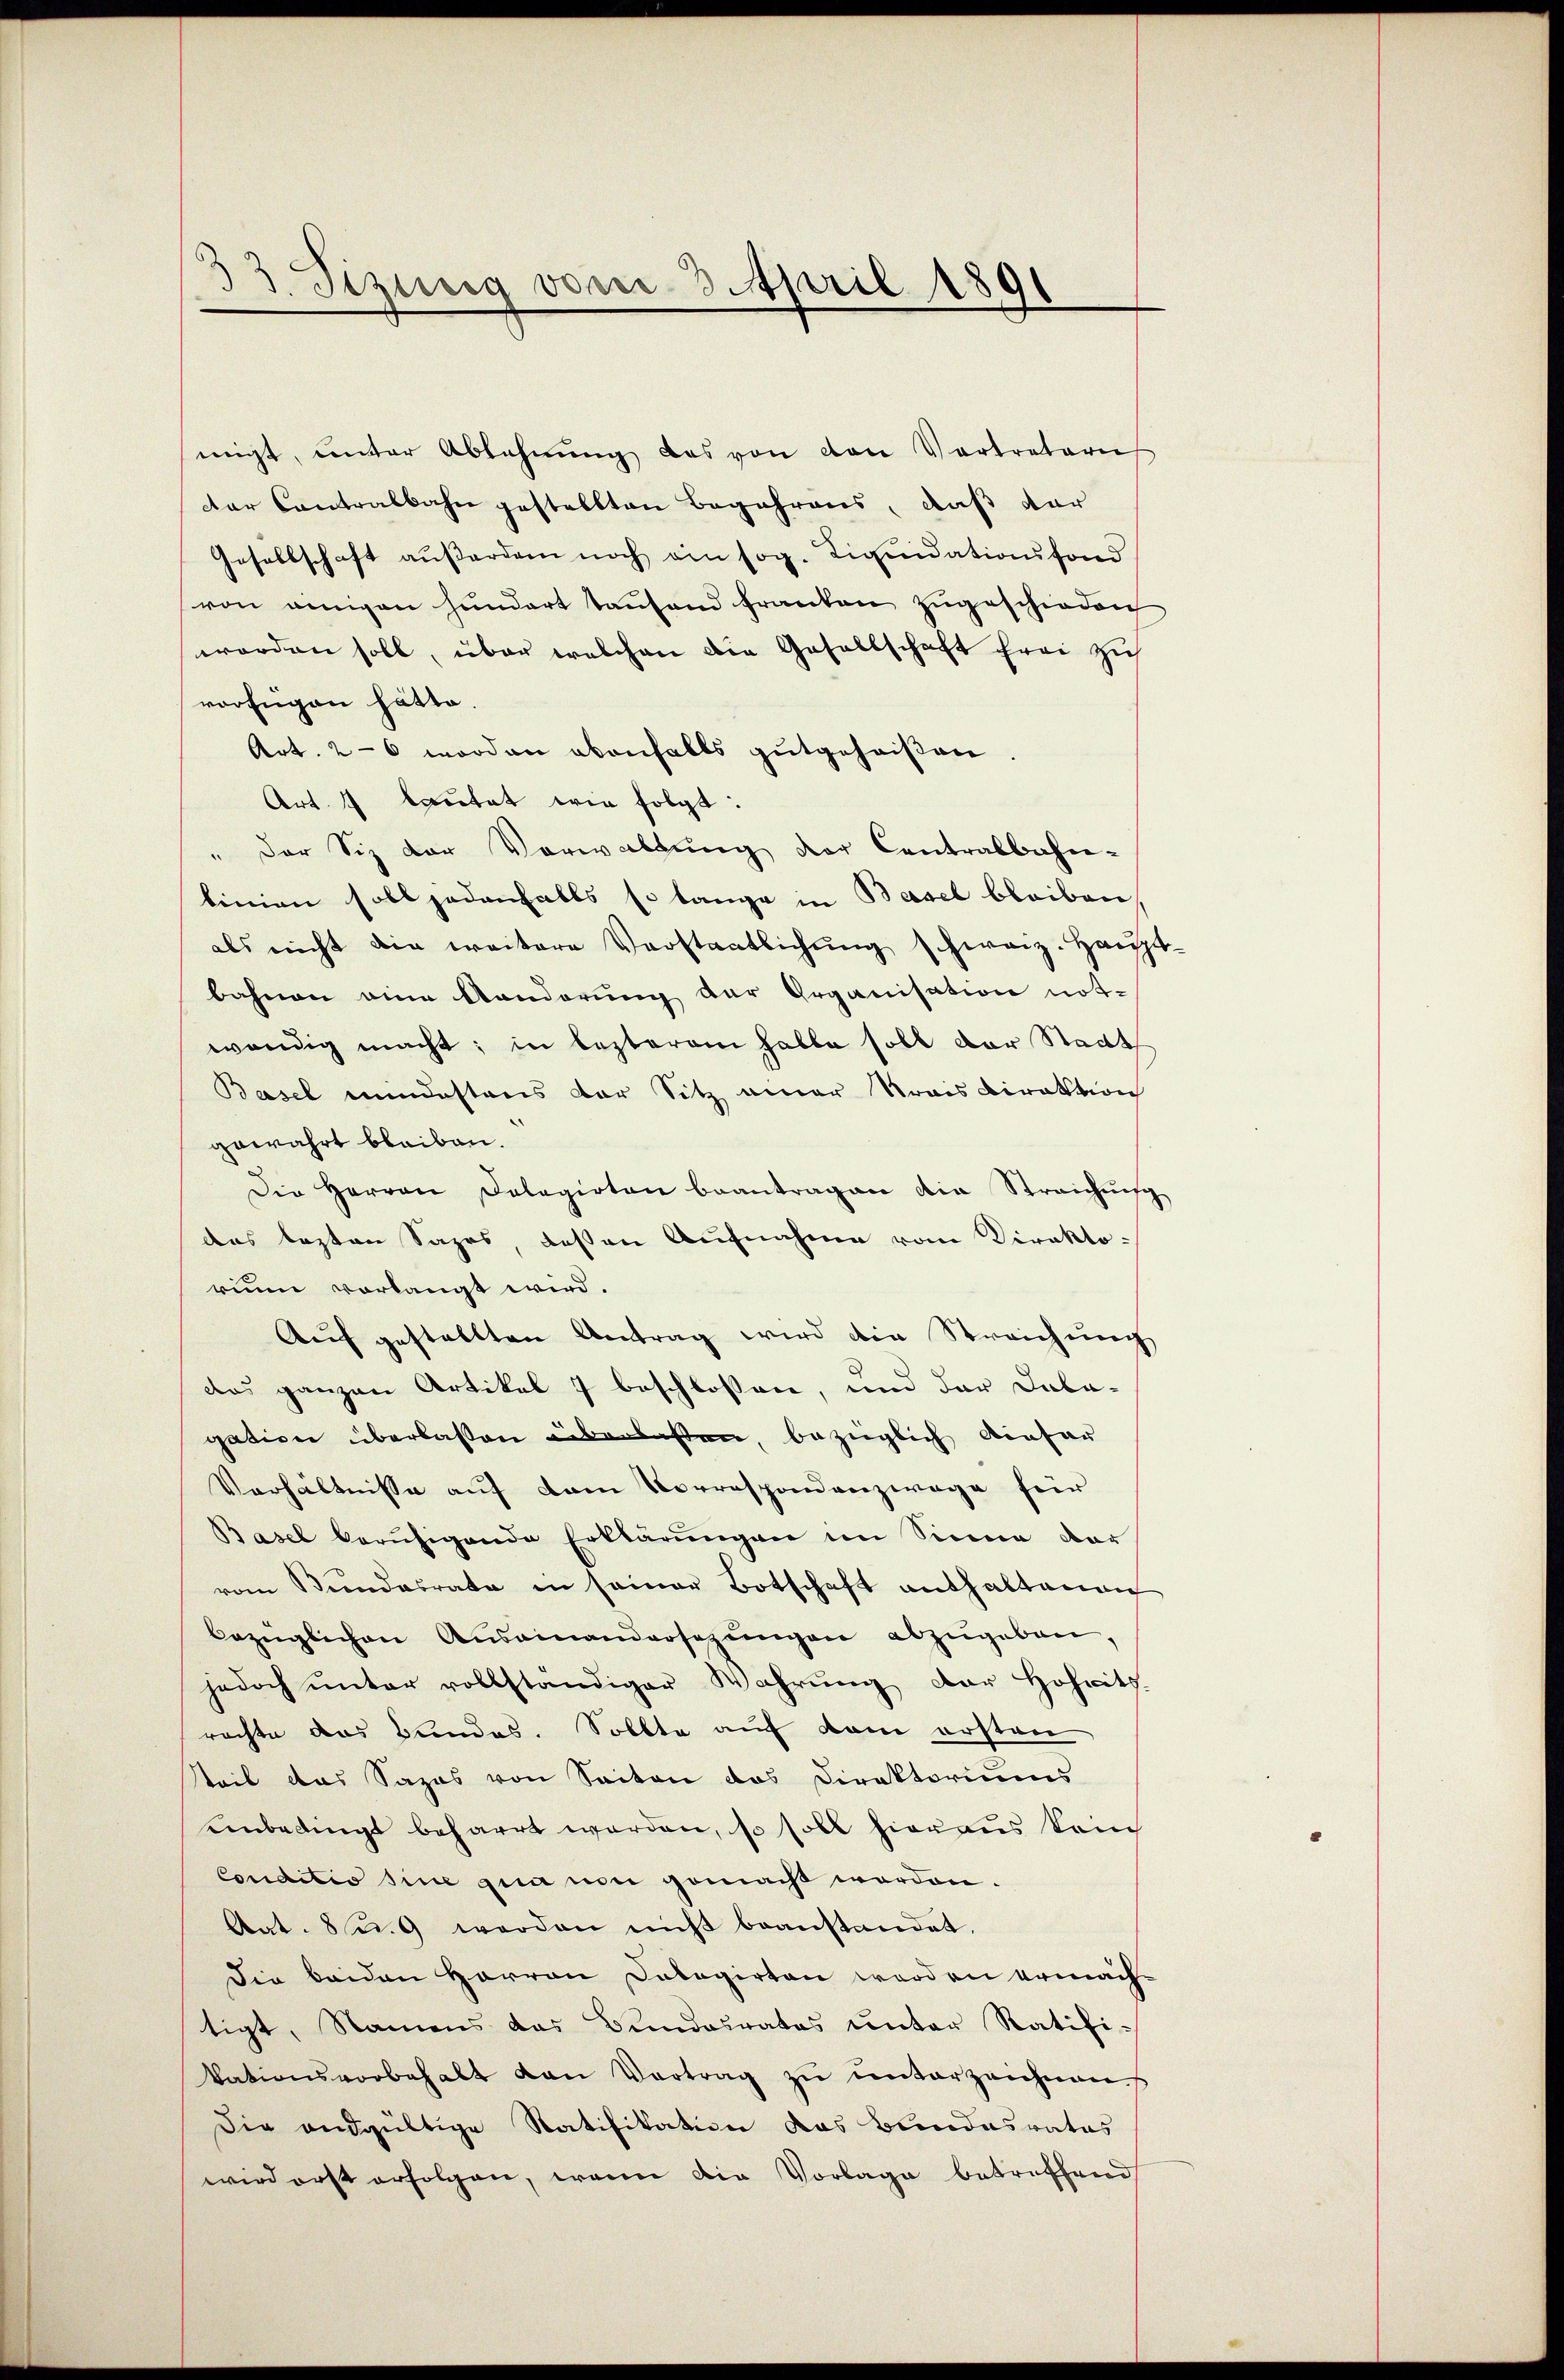
d. Sizung vom 3. April 1891

migt, unter Ablehnŭng das von von Vertreteri
der Contralbahn gestellten Begehrens, daß dar
Gesellschaft außerdem noch ein sog. Liquidationsfond
von einigen Hŭndart taŭfand franken zŭgeschieden
worden soll, über welchen die Gesellschaft frei zu
verfügen hätte.
Art. 26 worden ebenfalls gutgeheißen
Art. 4 lautet wie folgt:
" der Siz der Vorwaltung der Centralbahn-
binien soll jedenfalls so lange in Basel bleiben,
als nicht die weitere Verstaatlichŭng schweiz. Haŭpt-
bahnen eine Aenderung der Organisation not-
wendig macht; in lezterem habte soll der Stadt
Basel mindestens der Sitz einer Krais direktion
gewährt bleiben.
Die Herren Dolegirten beantragen die Streichŭng
das lezten Sazes, deßen Aufnahme vom Direktorium vorlangt wird.
Aŭf gestellten Antrag wird die Streichŭng
das ganzen Artikel 7 beschlossen, und der Dabagation überlassen überlassen, bezüglich einfar
Verhältnisse auf dem Vorrespondenzwage für
Basel berŭhigende Erklärŭngen im Sinne dar
vom Bundesrate in seiner Botschaft enthaltenen
bezüglichen Aŭsainandersezŭngen abzŭgeben.
jedoch ŭnter vollständiger Wahrŭng der Hoheitz.
rachte das Bundes. Sollte auf kam ersten
teil das Sazas von Seiten das Direktoriums
einbedingt beharrt werden, so soll hieraus kein
Conditio sine qua non gemacht worden.
Atat. 8 u. 9 werden nicht beanstandet.
Die beiden Herren Dobogirten werden ermächtigt, Namens das Bundesrates unter Ratifikationsvorbehalt den Vertrag zŭ ŭnterzeichnen
Die andgültige Ratifikation das Bundesrates
wird erst erfolgen, wenn die Vorlage betreffend